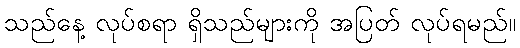
သည်နေ့ လုပ်စရာ ရှိသည်များကို အပြတ် လုပ်ရမည်။